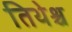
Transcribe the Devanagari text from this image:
तिथेश्च